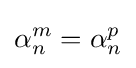
\alpha _{n}^{m}=\alpha _{n}^{p}